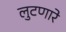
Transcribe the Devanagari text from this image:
लुटणारे